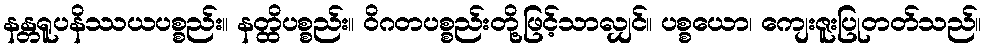
နန္တရူပနိဿယပစ္စည်း။ နတ္ထိပစ္စည်း။ ဝိဂတပစ္စည်းတို့ဖြင့်သာလျှင်။ ပစ္စယော၊ ကျေးဇူးပြုတတ်သည်။